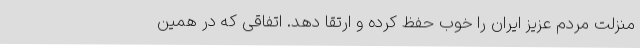
منزلت مردم عزیز ایران را خوب حفظ کرده و ارتقا دهد. اتفاقی که در همین